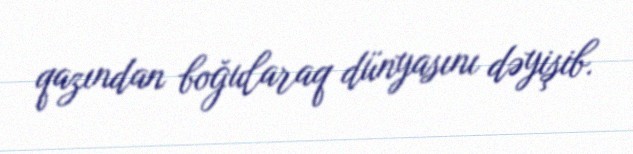
qazından boğularaq dünyasını dəyişib.